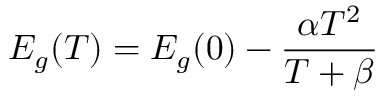
E _ { g } ( T ) = E _ { g } ( 0 ) - { \frac { \alpha T ^ { 2 } } { T + \beta } }